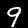
Label: 9